Civil Veterinary Dept. Bombay admin report 1932-41 - 1932-1941
Year: 1932
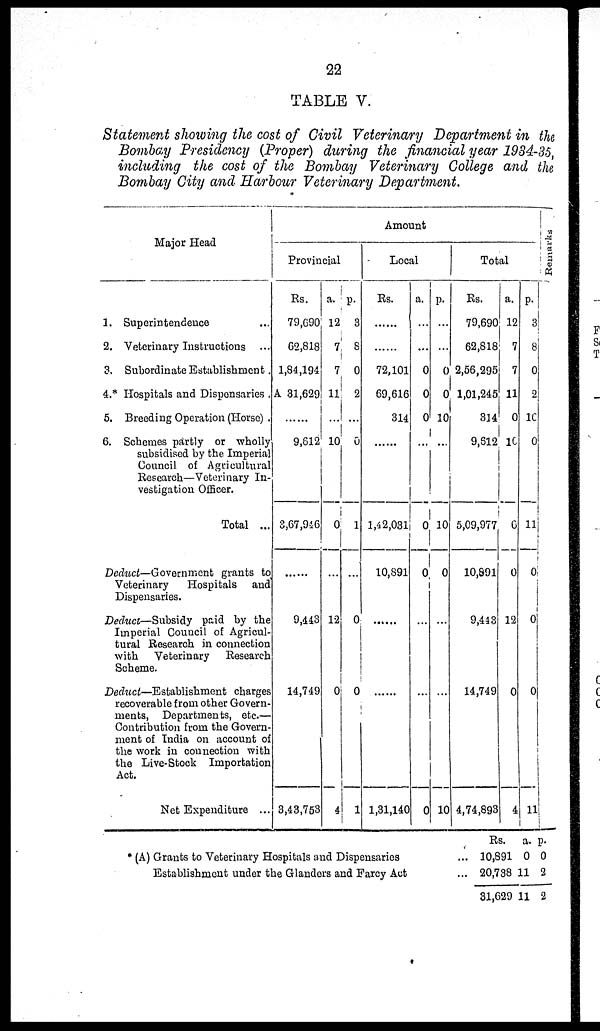
22
TABLE V.
Statement showing the cost of Civil Veterinary Department in the
Bombay Presidency (Proper) during the financial year 1934-35,
including the cost of the Bombay Veterinary College and the
Bombay City and Harbour Veterinary Department.
Major Head
1. Superintendence ...
2. Veterinary Instructions ...
3. Subordinate Establishment .
4.* Hospitals and Dispensaries .
5. Breeding Operation (Horse) .
6. Schemes partly or wholly
subsidised by the Imperial
Council of Agricultural
Research—Veterinary In-
vestigation Officer.
Total ...
Deduct—Government grants to
Veterinary
Hospitals
and
Dispensaries.
Deduct—Subsidy
paid by the
Imperial Council of Agricul-
tural Research in connection
with
Veterinary
Research
Scheme.
Deduct—Establishment
charges
recoverable from other Govern-
ments, Departments, etc.—
Contribution from the Govern-
ment of India on account of
the work in connection with
the Live-Stock Importation
Act.
Net Expenditure ...
Amount
Provincial
Rs.
79,690
62,818
1,84,194
A 31,629
......
9,612
3,67,946
......
9,443
14,749
3,43,753
a.
12
7
7
11
...
10
0
...
12
0
4
p.
3
8
0
2
...
0
1
...
0
0
1
Local
Rs.
......
......
72,101
69,616
314
......
1,42,031
10,891
......
......
1,31,140
a.
...
...
0
0
0
...
0
0
...
...
0
p.
...
...
0
0
10
...
10
0
...
...
10
Total
Rs.
79,690
62,818
2,56,295
1,01,245
314
9,612
5,09,977
10,891
9,443
14,749
4,74,893
a.
12
7
7
11
0
10
6
0
12
0
4
p.
3
8
0
2
10
0
11
0
0
0
11
Remarks
* (A) Grants to Veterinary Hospitals and Dispensaries
...
Establishment under the Glanders and Farcy Act ...
Rs.
10,891
20,738
31,629
a.
0
11
11
p.
0
2
2